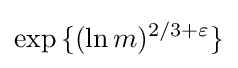
\exp {\{(\ln m)^{2/3+\varepsilon }\}}